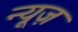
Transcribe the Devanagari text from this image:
न्‍यूज़